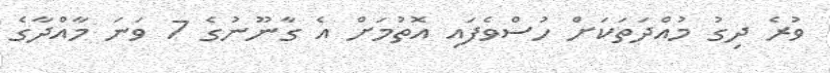
ވުރެ ދިގު މުއްދަތަކަށް ހުސްވެފައި އޮތުމަށް އެ ގާނޫނުގެ 7 ވަނަ މާއްދާގެ